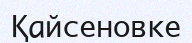
Қайсеновке